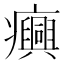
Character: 𤼈